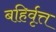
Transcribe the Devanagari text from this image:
बहिर्वृत्त